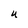
Character: U